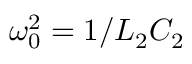
\omega _ { 0 } ^ { 2 } = 1 / L _ { 2 } C _ { 2 }